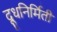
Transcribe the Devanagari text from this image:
दूधनिर्मिती